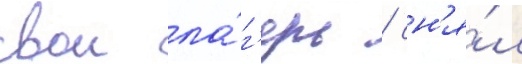
свои ла́г'ерь / сн'я́л